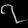
Digit: ၇